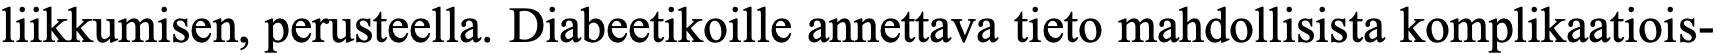
liikkumisen, perusteella. Diabeetikoille annettava tieto mahdollisista komplikaatiois-